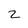
Character: 2